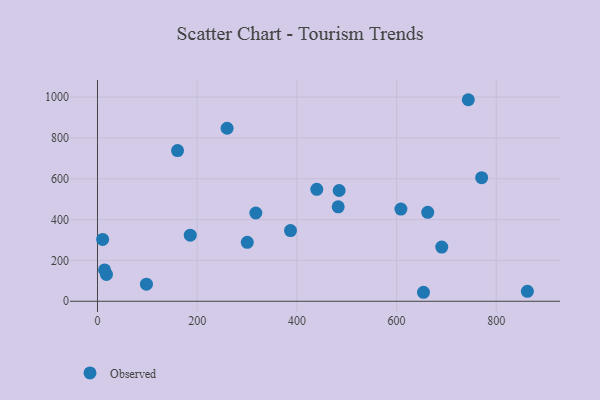
{"axis": {"x": "Investment", "y": "Yield"}, "legend": ["Observed"], "data": [{"x": "300.5", "y": 288.7, "type": "Observed"}, {"x": "160.6", "y": 738.4, "type": "Observed"}, {"x": "387.2", "y": 346.1, "type": "Observed"}, {"x": "690.6", "y": 265.5, "type": "Observed"}, {"x": "662.5", "y": 435.8, "type": "Observed"}, {"x": "770.7", "y": 605.5, "type": "Observed"}, {"x": "10.3", "y": 303.0, "type": "Observed"}, {"x": "260.0", "y": 847.6, "type": "Observed"}, {"x": "608.7", "y": 451.7, "type": "Observed"}, {"x": "439.9", "y": 548.6, "type": "Observed"}, {"x": "186.1", "y": 323.6, "type": "Observed"}, {"x": "862.4", "y": 48.7, "type": "Observed"}, {"x": "484.8", "y": 542.6, "type": "Observed"}, {"x": "98.2", "y": 83.7, "type": "Observed"}, {"x": "317.6", "y": 432.3, "type": "Observed"}, {"x": "743.9", "y": 987.4, "type": "Observed"}, {"x": "18.0", "y": 131.5, "type": "Observed"}, {"x": "482.9", "y": 462.8, "type": "Observed"}, {"x": "14.2", "y": 153.5, "type": "Observed"}, {"x": "654.0", "y": 44.0, "type": "Observed"}]}